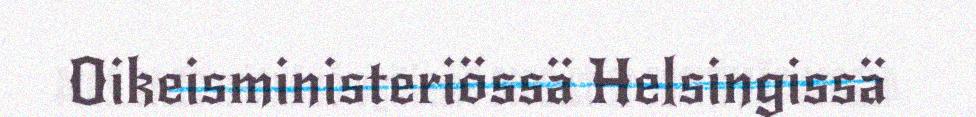
Oikeisministeriössä Helsingissä